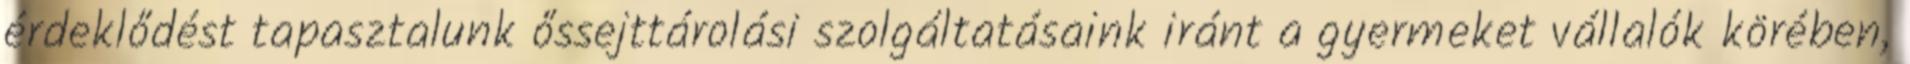
érdeklődést tapasztalunk őssejttárolási szolgáltatásaink iránt a gyermeket vállalók körében,